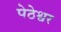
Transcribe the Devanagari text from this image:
पेठेश्वर